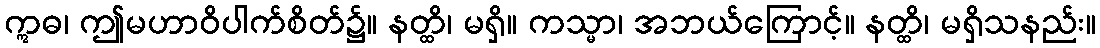
ဣဓ၊ ဤမဟာဝိပါက်စိတ်၌။ နတ္ထိ၊ မရှိ။ ကသ္မာ၊ အဘယ်ကြောင့်။ နတ္ထိ၊ မရှိသနည်း။